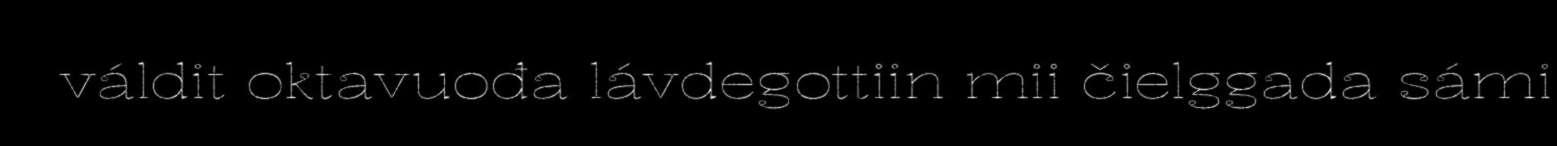
váldit oktavuođa lávdegottiin mii čielggada sámi